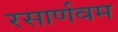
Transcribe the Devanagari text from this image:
रसार्णवम